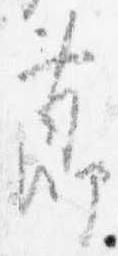
節